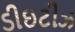
ડીઇટીઝ